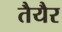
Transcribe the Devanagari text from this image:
तैयैर